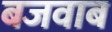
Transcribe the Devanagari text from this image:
बजवाब